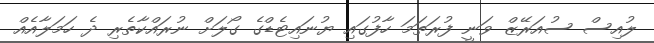
ލުއިސް ސުއަރޭޒް ވަނީ ފުރަތަމަ ހާފުގައި ޔުނައިޓެޑްގެ ގޯލަށް ނުރައްކާތެރި ދެ ހަމަލާއެއް